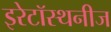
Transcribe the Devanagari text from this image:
इरेटॉस्थनीज